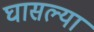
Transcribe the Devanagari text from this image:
घासल्या